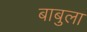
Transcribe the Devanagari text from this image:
बाबुला